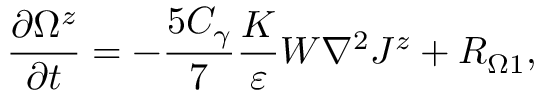
\frac { \partial \Omega ^ { z } } { \partial t } = - \frac { 5 C _ { \gamma } } { 7 } \frac { K } { \varepsilon } W \nabla ^ { 2 } J ^ { z } + R _ { \Omega 1 } ,